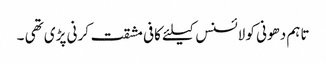
تاہم دھونی کو لائسنس کیلئے کافی مشقت کرنی پڑی تھی ۔